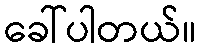
ခေါ်ပါတယ်။